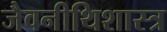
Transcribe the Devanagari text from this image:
जैवनीथिशास्त्र